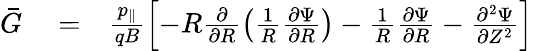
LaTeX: \begin{array}{rlr}{\bar{G}}&{{}=}&{\frac{p_{\| }}{qB}\left[-R\frac{\partial}{\partial R}\left(\frac{1}{R}\frac{\partial\Psi}{\partial R}\right)-\frac{1}{R}\frac{\partial\Psi}{\partial R}-\frac{\partial^{2}\Psi}{\partial Z^{2}}\right]}\end{array}